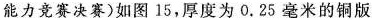
能力竞赛决赛)如图15，厚度为0.25毫米的铜版